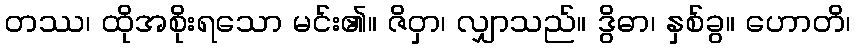
တဿ၊ ထိုအစိုးရသော မင်း၏။ ဇိဝှာ၊ လျှာသည်။ ဒွိဓာ၊ နှစ်ခွ။ ဟောတိ၊